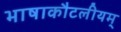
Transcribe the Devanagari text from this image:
भाषाकौटलीयम्